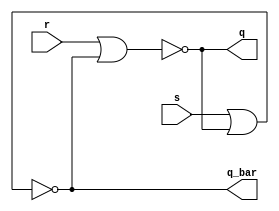
/******************************************************************************************************************

This source code is a work of its author. No part of it should be copied and pasted for any commercial purpose. 
This code is purely for educational purposes. If required, this code can be cloned from GitHub repository.

Filename	: sr_latch.v

Description	: SR Latch Design using Gate level modelling

Author Name	: Deep Kar Sarkar

Version		: 1.0

*******************************************************************************************************************/

module sr_latch(s,r,q,q_bar);

	//Defining the input and output ports
	input s,r;
	output q,q_bar;

	//Assigning the output ports the required logic
	assign q = ~(r | q_bar);
	assign q_bar = ~(s | q);

endmodule